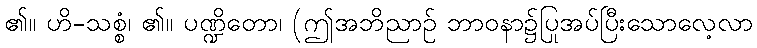
၏။ ဟိ-သစ္စံ၊ ၏။ ပဏ္ဍိတော၊ (ဤအဘိညာဉ် ဘာဝနာ၌ပြုအပ်ပြီးသောလေ့လာ